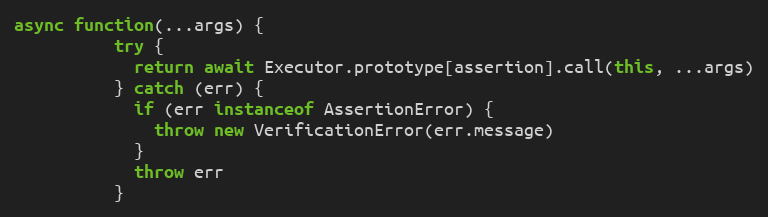
Language: JavaScript
async function(...args) {
          try {
            return await Executor.prototype[assertion].call(this, ...args)
          } catch (err) {
            if (err instanceof AssertionError) {
              throw new VerificationError(err.message)
            }
            throw err
          }